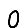
Digit: 0